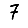
Digit: 7